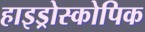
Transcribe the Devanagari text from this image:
हाइड्रोस्कोपिक